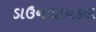
ડાઉનસાયકલ